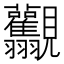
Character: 𧢯